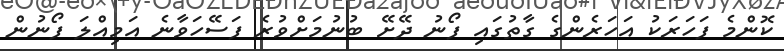
ކޮންމެ ފަހަރަކު އަހަރެންގެ ގާތުގައި ފޯނު ދޭށޭ ބުނުމަށްވުރެ ފަސޭހަވާނެ އަމިއްލަ ފޯނުން